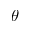
\theta